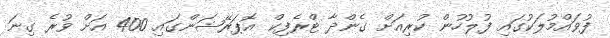
ފުވައްމުލަކުގައި ފުލުހުން ކުރިއަށް ގެންދާ ޓްރެފިކް އޮޕަރޭޝަންގައި 400 އަށް ވުރެ ގިނަ